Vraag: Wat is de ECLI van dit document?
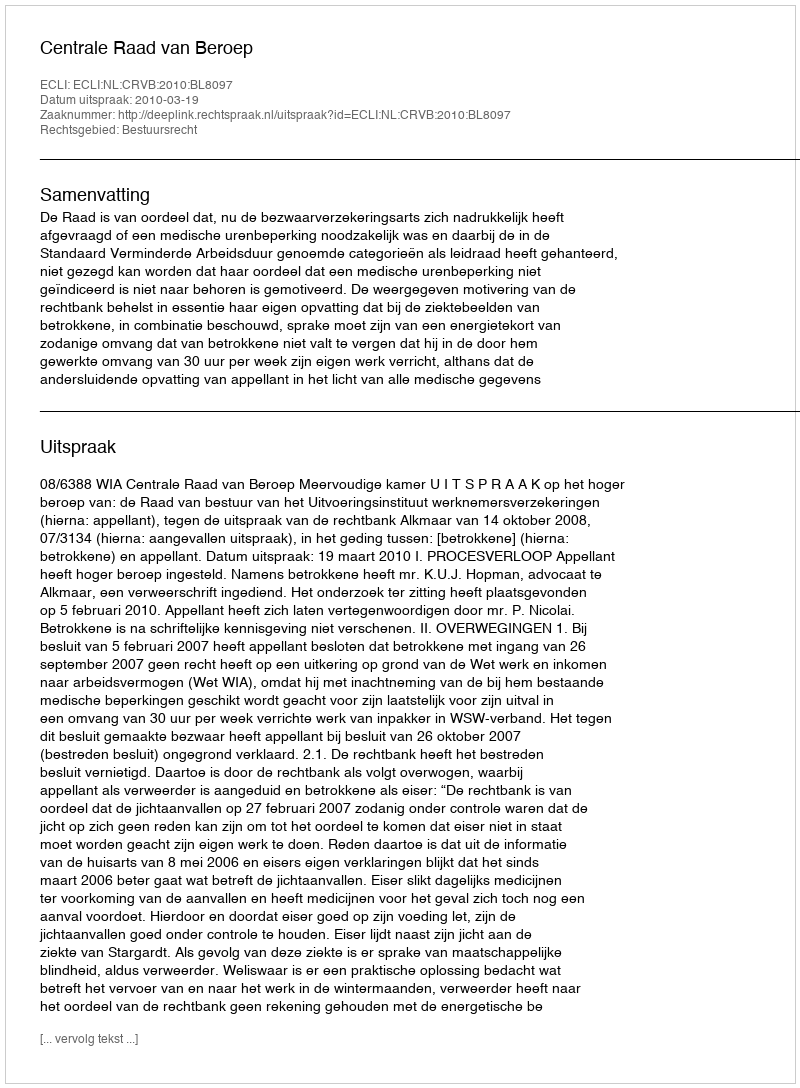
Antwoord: ECLI:NL:CRVB:2010:BL8097